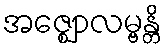
အဇ္ဈောလမ္ဗန္တိ